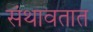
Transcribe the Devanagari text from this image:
संथावतात